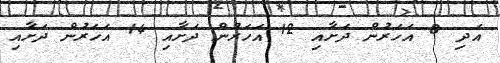
އަދި 8 އަހަރުން ދަށާއި 12 އަހަރުން ދަށާއި 14 އަހަރުން ދަށާއި